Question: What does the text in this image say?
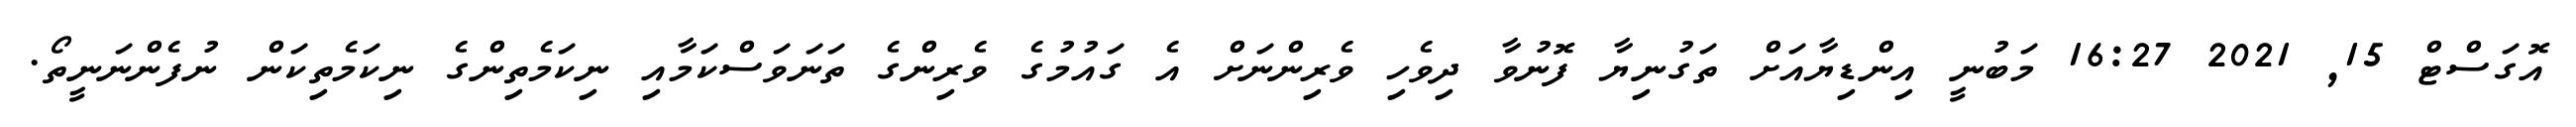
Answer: އޮގަސްޓް 15, 2021 16:27 މަބުނީ އިންޑިޔާއަށް ތަގުނިޔާ ފޮނުވާ ދިވެހި ވެރިންނަށް އެ ގައުމުގެ ވެރިންގެ ތަނަވަސްކަމާއި ނިކަމެތިންގެ ނިކަމެތިކަން ނުފެންނަނީތޯ.